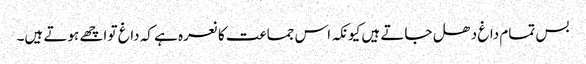
بس تمام داغ دھل جاتے ہیں کیونکہ اس جماعت کا نعرہ ہے کہ داغ تو اچھے ہوتے ہیں۔